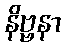
နိဗ္ဗနာ